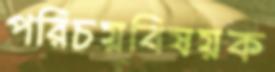
পরিচয়বিষয়ক